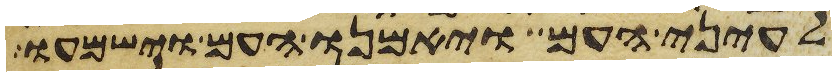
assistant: לעיני העם ויאמנו העם וישמעו